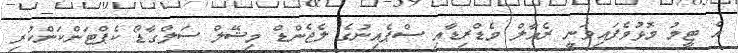
އެ ޓީމު މޮޅުވެފައިވަނީ ރެއާލް މެޑްރިޑާއި ސްޕެއިނުގެ ލެޖެންޑް މިޝޭލް ސަލްގާޑޯ ކެޕްޓަންކަންކުރި